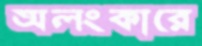
অলংকারে